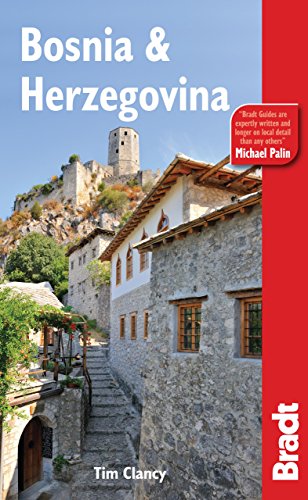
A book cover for Bosnia and Herzegovina, 3rd (Bradt Travel Guide Bosnia & Herzegovina); Tim Clancy; Travel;